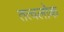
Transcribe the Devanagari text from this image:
तत्वलोक